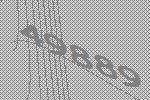
49889